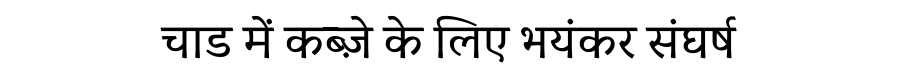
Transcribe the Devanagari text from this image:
चाड में कब्ज़े के लिए भयंकर संघर्ष